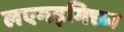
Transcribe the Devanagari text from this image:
लएगइगिक्ता